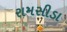
રામસીડા